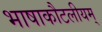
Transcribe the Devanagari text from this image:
भाषाकौटलीयम्